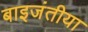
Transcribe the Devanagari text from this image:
बाइजंतीया